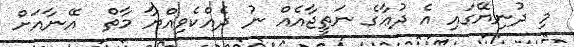
މި ދުނިޔޭގައި އެ ދުޢާގެ ނަތީޖާއެއް ނު ދެއްކެވިއްޔާ މާތް  އޭނާއަށް